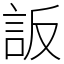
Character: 䛀